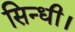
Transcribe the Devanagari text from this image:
सिन्धी।